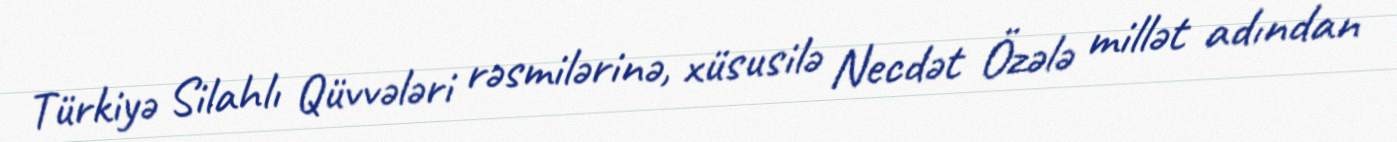
Türkiyə Silahlı Qüvvələri rəsmilərinə, xüsusilə Necdət Özələ millət adından